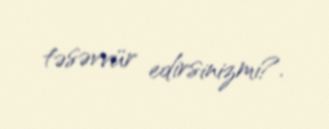
təsəvvür edirsinizmi?.